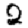
Digit: 2